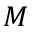
M